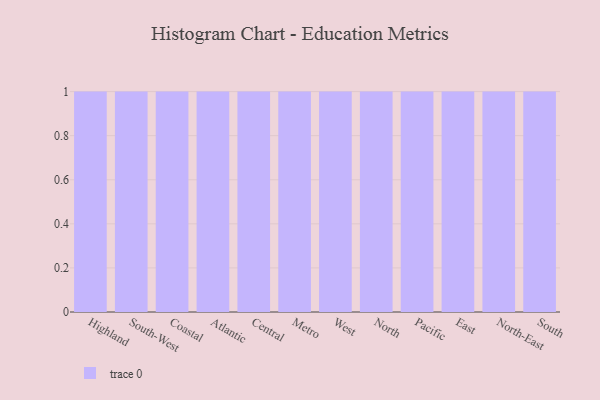
{"axis": {"x": "Region", "y": "Population (Million)"}, "legend": [""], "data": [{"x": "Highland", "y": 80, "type": ""}, {"x": "South-West", "y": 94, "type": ""}, {"x": "Coastal", "y": 7, "type": ""}, {"x": "Atlantic", "y": 62, "type": ""}, {"x": "Central", "y": 45, "type": ""}, {"x": "Metro", "y": 82, "type": ""}, {"x": "West", "y": 26, "type": ""}, {"x": "North", "y": 94, "type": ""}, {"x": "Pacific", "y": 75, "type": ""}, {"x": "East", "y": 52, "type": ""}, {"x": "North-East", "y": 65, "type": ""}, {"x": "South", "y": 79, "type": ""}]}